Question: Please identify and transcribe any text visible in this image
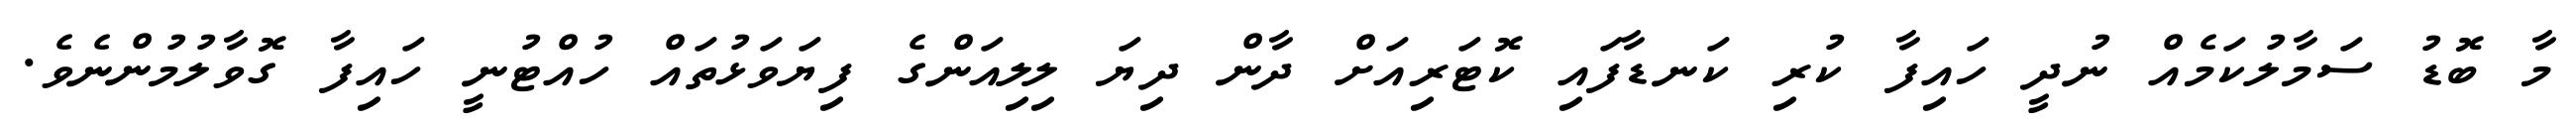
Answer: މާ ބޮޑު ސަމާލުކަމެއް ނުދީ ހައިފާ ކުރި ކަނޑާފައި ކޮޓަރިއަށް ދާން ދިޔަ ލިލިއަންގެ ފިޔަވަޅުތައް ހުއްޓުނީ ހައިފާ ގޮވާލުމުންނެވެ.